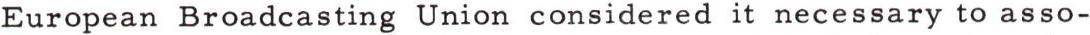
European Broadcasting Union considered it necessary to asso-